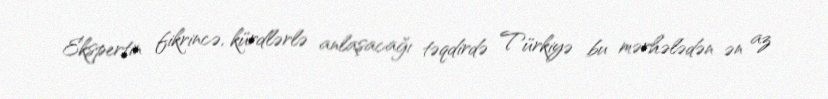
Ekspertin fikrincə, kürdlərlə anlaşacağı təqdirdə Türkiyə bu mərhələdən ən az